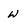
Character: W